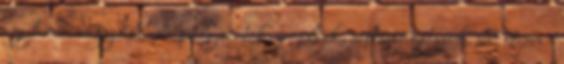
egyházi, vagy állami pályázatok, segélyek, céltámogatások, stb. utján -